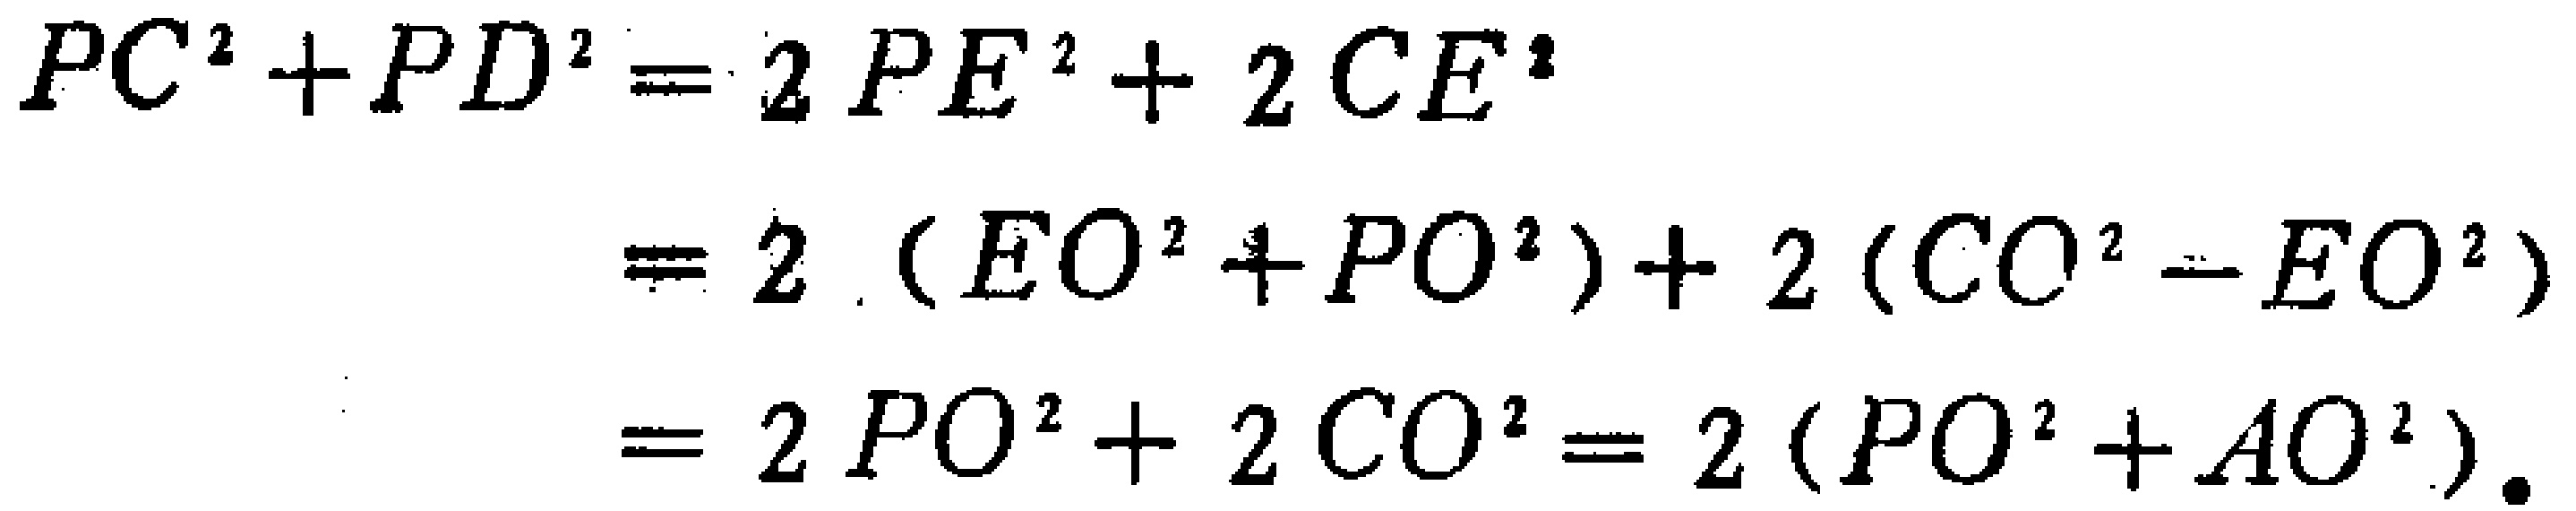
\[
\begin{align*}
PC^{2}+PD^{2}&=2PE^{2}+2CE^{2}\\
&=2(EO^{2}+PO^{2})+2(CO^{2}-EO^{2})\\
&=2PO^{2}+2CO^{2}=2(PO^{2}+AO^{2}).
\end{align*}
\]